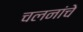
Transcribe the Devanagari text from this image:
चलनांचे